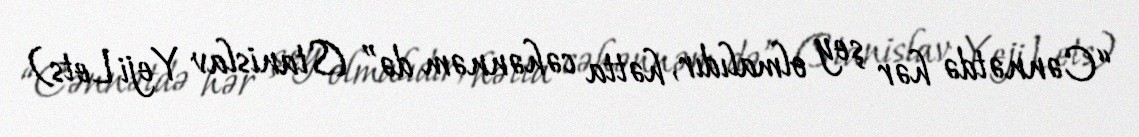
“Cənnətdə hər şey olmalıdır, hətta cəhənnəm də” (Stanislav Yeji Lets)